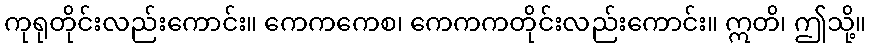
ကုရုတိုင်းလည်းကောင်း။ ကေကကေစ၊ ကေကကတိုင်းလည်းကောင်း။ ဣတိ၊ ဤသို့။